Insane asylums Bombay 1873-77 - 1873-1877
Year: 1873
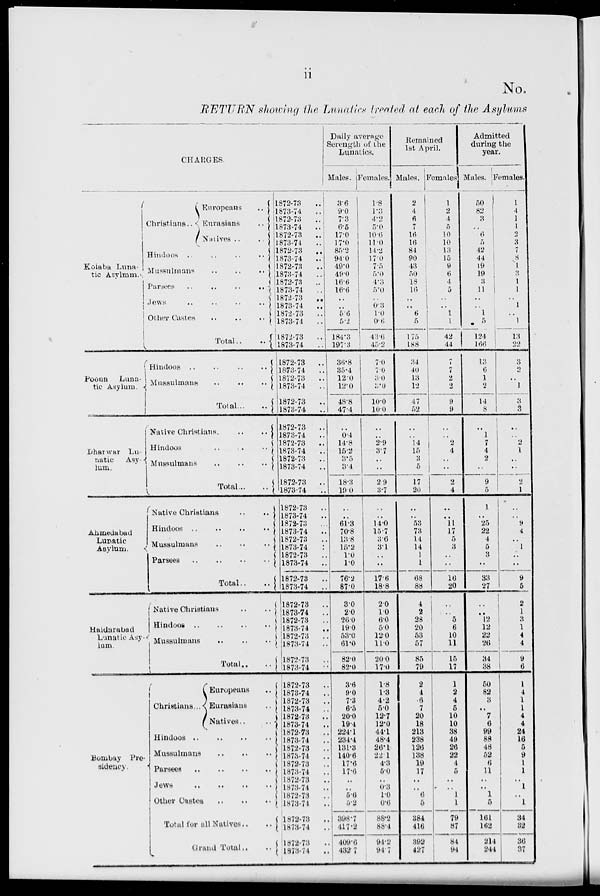
ii
No.
RETURN showing the Lunatics treated at each of the Asylums
CHARGES.
Kolaba Luna-
tic
Asylum.
Poona L u n a t i c Asylum.
Dharwar Lu-
natic Asylum.
Ahmedabad
Lunatic
Asylum.
Haidarabad
Lunatic Asylum.
Bombay
Pre-
sidency.
Christians ..
Europeans ..
Eurasians ..
Natives ..
Hindoos .. .. .. ..
Mussulmans .. .. ..
Parsees
..
..
..
..
Jews .. .. .. ..
Other Castes .. .. ..
Total ..
Hindoos .. .. .. ..
Mussulmans .. .. ..
Total .. ..
Native Christians. .. ..
Hindoos .. .. ..
Mussulmans .. .. ..
Total
..
..
Native Christians .. ..
Hindoos
..
..
..
..
Mussulmans .. .. ..
Parsees .. .. .. ..
Total .. ..
Native Christians .. ..
Hindoos
..
..
..
..
Mussulmans .. .. ..
Total .. ..
Christians.
Europeans ..
Eurasians ..
Natives .. ..
Hindoos
..
..
..
..
Mussulmans .. .. ..
Parsees
..
..
..
..
Jews
..
..
..
..
Other
Castes
..
..
..
Total for all Natives .. ..
Grand Total .. ..
1872-73 ..
1873-74 ..
1872-73 ..
1873-74 ..
1872-73
..
1873-74 ..
1872-73 ..
1873-74
..
1872-73 ..
1873-74 ..
1872-73 ..
1873-74 ..
1872-73
..
1873-74
..
1872-73 ..
1873-74 ..
1872-73 ..
1873-74 ..
1872-73 ..
1873-74 ..
1872-73 ..
1873-74 ..
1872-73 ..
1873-74 ..
1872-73 ..
1873-74
..
1872-73 ..
1873-74 ..
1872-73
..
1873-74 ..
1872-73 ..
1873-74 ..
1872-73 ..
1873-74 ..
1872-73 ..
1873-74 ..
1872-73 ..
1873-74
..
1872-73 ..
1873-74
..
1872-73 ..
1873-74
..
1872-73
..
1873-74 ..
1872-73 ..
1873-74
..
1872-73 ..
1873-74
..
1872-73
..
1873-74 ..
1872-73 ..
1873-74 ..
1872-73 ..
1873-74
..
1872-73
..
1873-74 ..
1872-73
..
1873-74 ..
1872-73
..
1873-74 ..
1872-73 ..
1873-74 ..
1872-73 ..
1873-74 ..
1872-73 ..
1873-74 ..
1872-73 ..
1873-74 ..
1872-73 ..
1873-74 ..
Daily average
Serength of the
Lunatics.
Males.
3.6
9.0
7.3
6.5
17.0
17.0
85.2
94.0
49.0
49.0
16.6
16.6
..
..
5.6
5.2
184.3
197.3
36.8
35.4
12.0
12.0
48.8
47.4
..
0.4
14.8
15.2
3.5
3.4
18.3
19.0
..
..
61.3
70.8
13.8
15.2
1.0
1.0
76.2
87.0
3.0
2.0
26.0
19.0
53.0
61.0
82.0
82.0
3.6
9.0
7.3
6.5
20.0
19.4
224.1
234.4
131.3
140.6
17.6
17.6
..
..
5.6
5.2
398.7
417.2
409.6
432.7
Females.
1.8
1.3
4.2
5.0
10.6
11.0
14.2
17.0
7.5
5.0
4.3
5.0
..
0.3
1.0
0.6
43.6
45.2
7.0
7.0
3.0
3.0
10.0
10.0
..
..
2.9
3.7
..
..
29
3.7
..
..
14.0
15.7
3.6
3.1
..
..
17.6
18.8
2.0
1.0
6.0
5.0
12.0
11.0
20.0
17.0
1.8
1.3
4.2
5.0
12.7
12.0
44.1
48.4
26.1
22.1
4.3
5.0
..
0.3
1.0
0.6
88.2
88.4
94.2
94.7
Remained
1st April.
Males.
2
4
6
7
16
16
84
90
43
50
18
16
..
..
6
5
175
188
34
40
13
12
47
52
..
..
14
15
3
5
17
20
..
..
53
73
14
14
1
1
68
88
4
2
28
20
53
57
85
79
2
4
6
7
20
18
213
238
126
138
19
17
..
..
6
5
384
416
392
427
Females.
1
2
4
5
10
10
13
15
9
6
4
5
..
..
1
1
42
44
7
7
2
2
9
9
..
..
2
4
..
..
2
4
..
..
11
17
5
3
..
..
16
20
..
..
5 6
10
11
15
17
1
2
4
5
10
10
38
49
26
22
4
5
..
..
1
1
79
87
84
94
Admitted
during the
year.
Males.
50
82
3
..
6
5
42
44
19
19
3
11
..
..
1
5
124
166
13
6
1
2
14
8
..
1
7
4
2
..
9
5
1
..
25
22
4
5
3
..
33
27
..
..
12
12
22
26
34
38
50
82
3
..
7
6
99
88
48
52
6
11
..
..
1
5
161
162
214
244
Females.
1
4
1
1
2
3
7
8
1
3
1
1
..
1
..
1
13
22
3
2
..
1
3
3
..
..
2
1
..
..
2
1
..
..
9
4
..
1
..
..
9
5
2 1
3
1
4 4
9
6
1
4
1
1
4
4
24
16
5
9
1
1
..
1
..
1
34
32
36
37